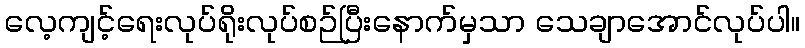
လေ့ကျင့်ရေးလုပ်ရိုးလုပ်စဉ်ပြီးနောက်မှသာ သေချာအောင်လုပ်ပါ။